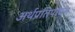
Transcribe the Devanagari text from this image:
अर्थप्रतिपादन